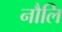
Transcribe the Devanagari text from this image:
नौलि